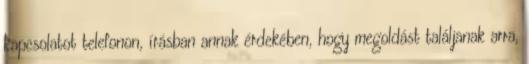
kapcsolatot telefonon, írásban annak érdekében, hogy megoldást találjanak arra,